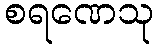
စရဏေသု